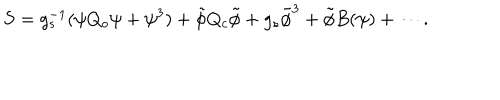
S = g _ { s } ^ { - 1 } ( \psi Q _ { o } \psi + \psi ^ { 3 } ) + \tilde { \phi } Q _ { c } \tilde { \phi } + g _ { s } \tilde { \phi } ^ { 3 } + \tilde { \phi } B ( \psi ) + \cdots .